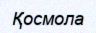
Қосмола